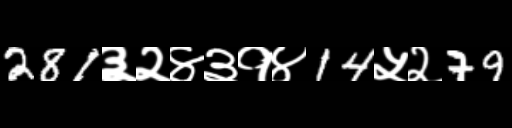
Text: 281३२४३१४14५२79